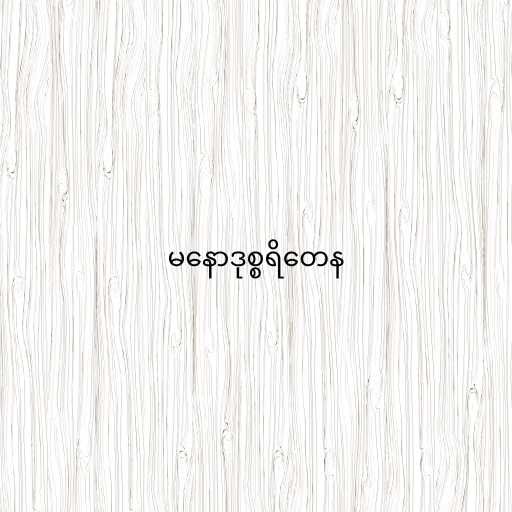
မနောဒုစ္စရိတေန